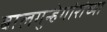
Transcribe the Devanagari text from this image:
बालगुन्हेगांरांच्या